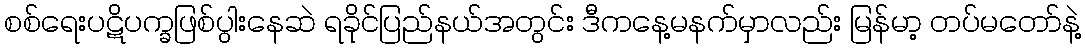
စစ်ရေးပဋိပက္ခဖြစ်ပွါးနေဆဲ ရခိုင်ပြည်နယ်အတွင်း ဒီကနေ့မနက်မှာလည်း မြန်မာ့ တပ်မတော်နဲ့